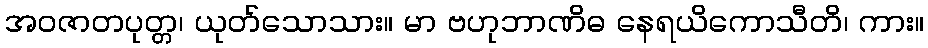
အဝဇာတပုတ္တ၊ ယုတ်သောသား။ မာ ဗဟုဘာဏိဓ နေရယိကောသီတိ၊ ကား။